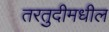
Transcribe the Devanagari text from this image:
तरतुदीमधील